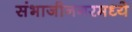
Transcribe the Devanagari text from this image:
संभाजीनगरमध्ये